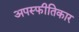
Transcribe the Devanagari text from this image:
अपस्फीतिकार